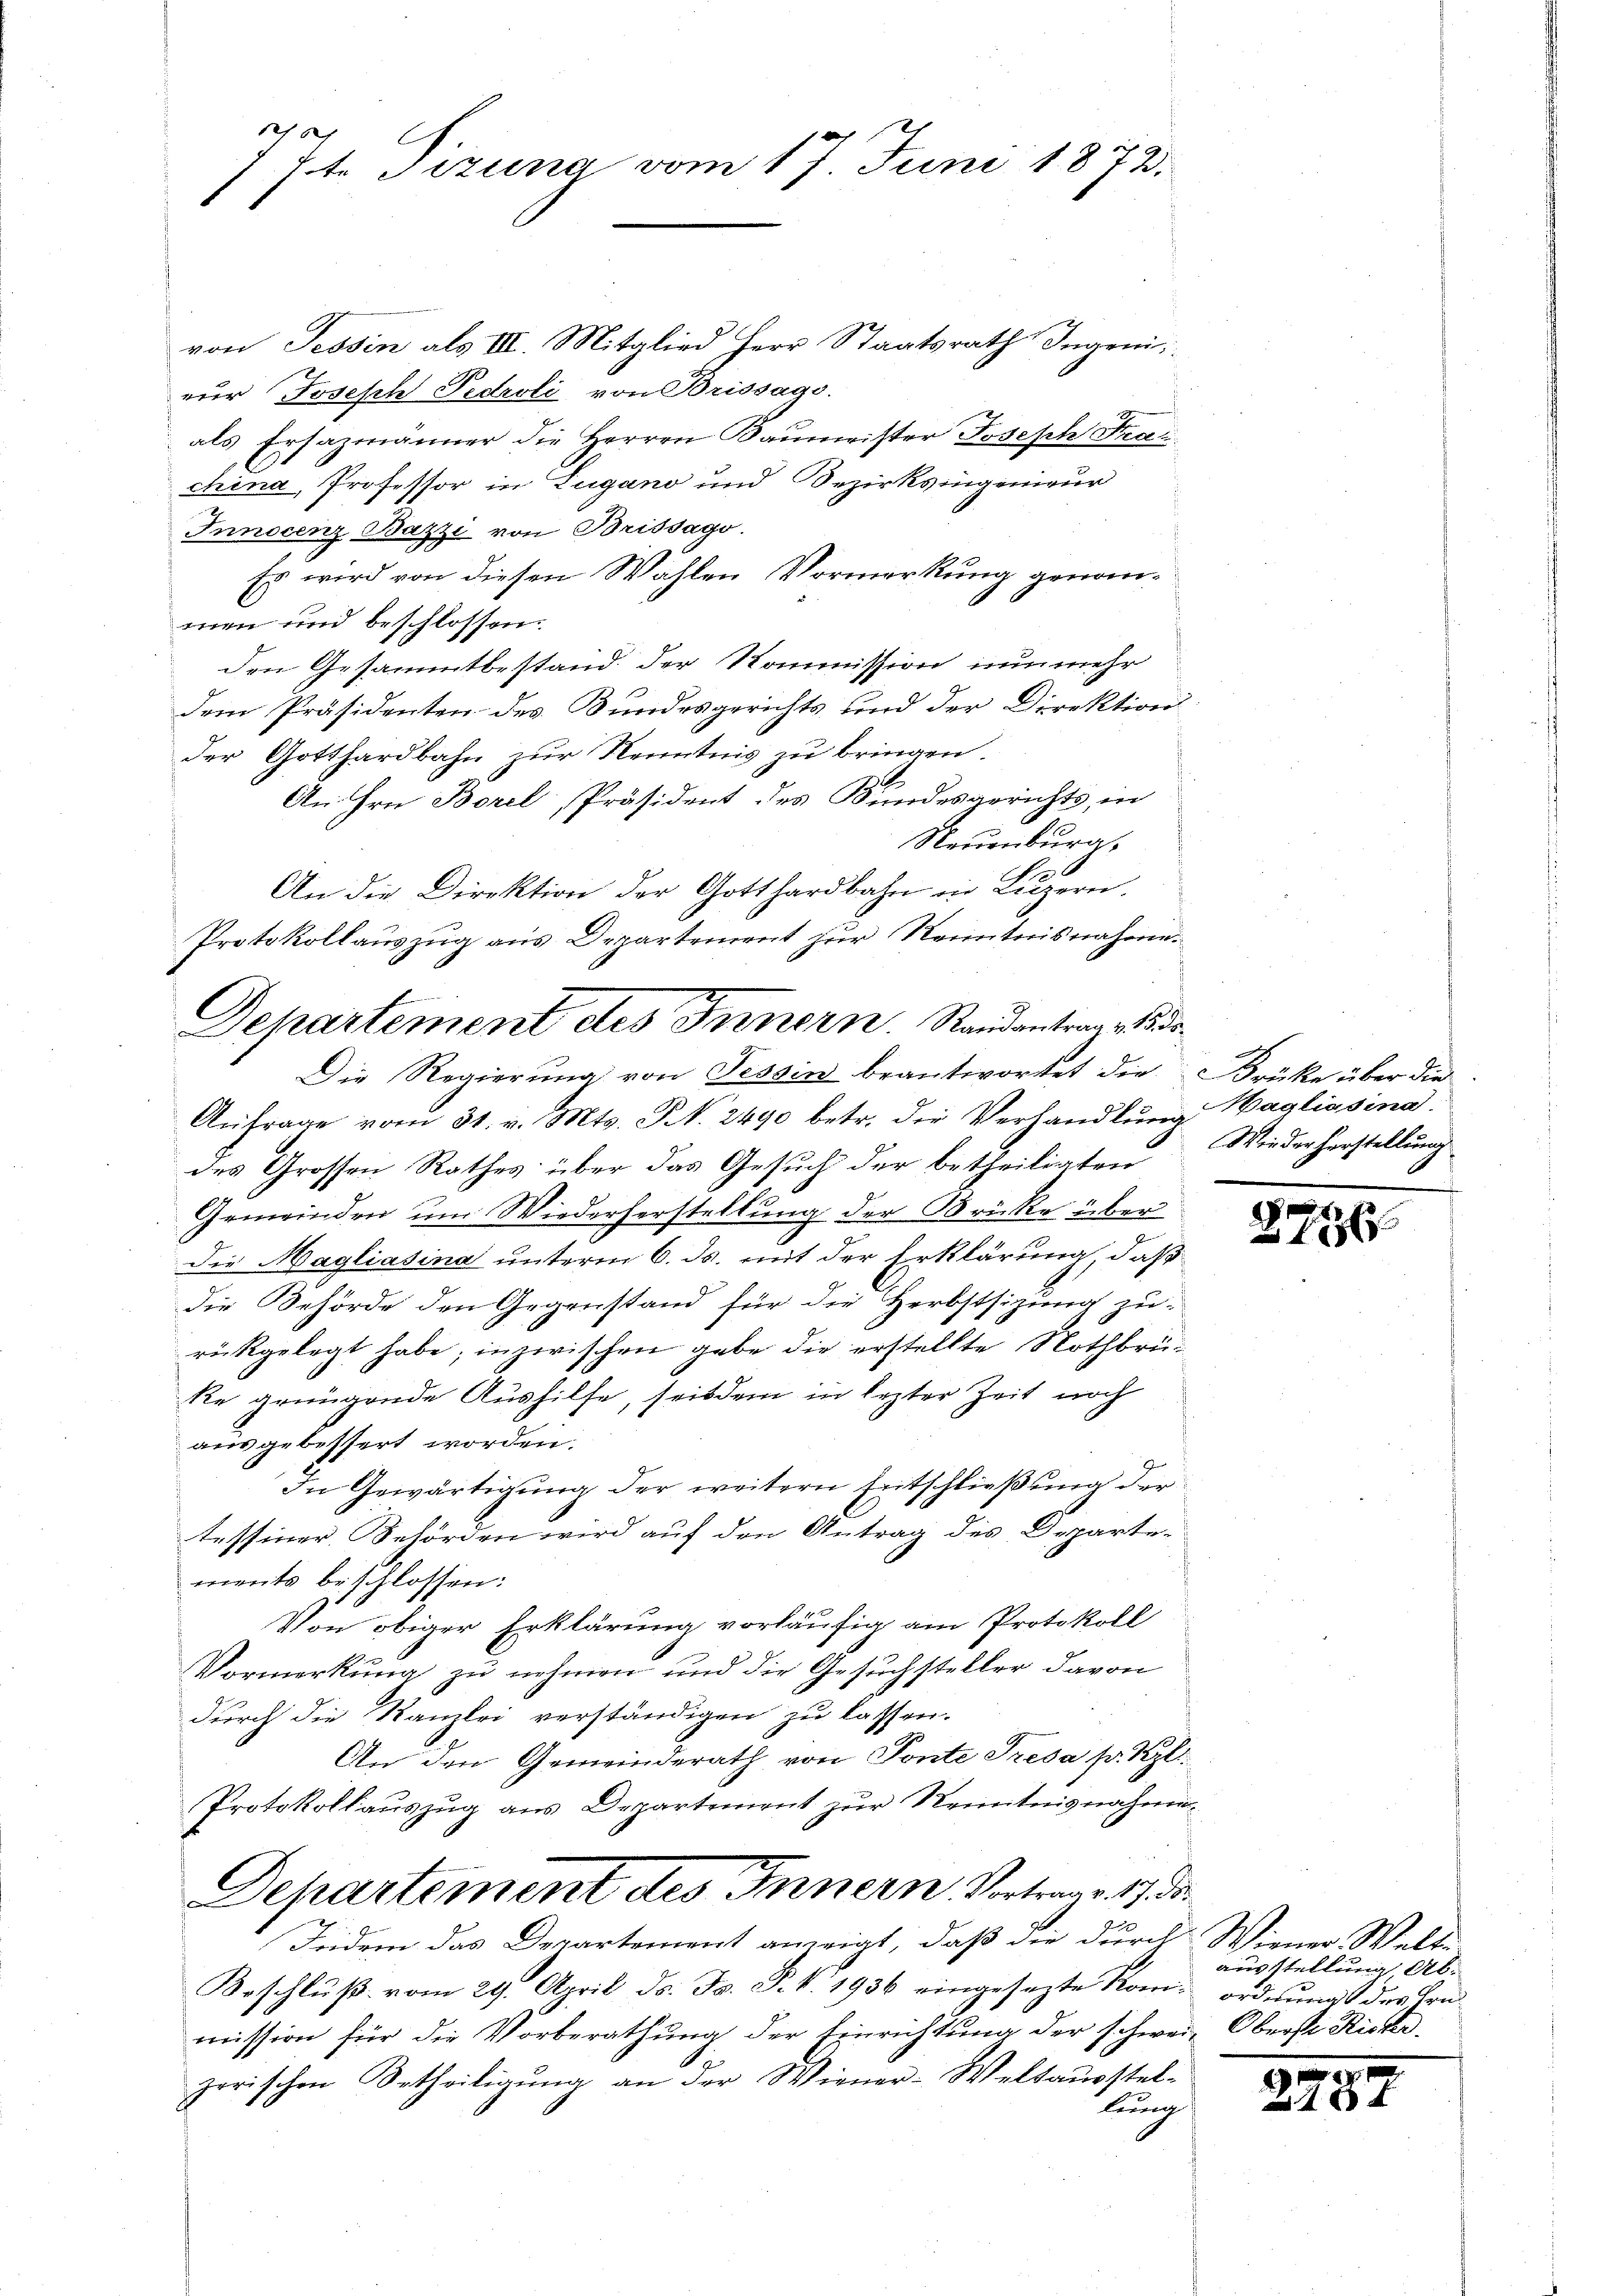
15.
1 st. Sizung vom 17. Juni 1872.

von Tessin als III. Mitglied Herr Staatsrath Ingeni
eŭr Joseph Pedeoli von Brissage.
als Ersazmänner die Herren Raumeister Joseph Fra
china, Professor in Zugano und Bezirksingenieur
Innocenz Bazze von Brissago.
Es wird von diesen Wahlen Vormerkung genommen und beschlossen.
den Gesammtbestand der Kommission nunmehr
dem Präsidenten des Bundesgerichts und der Direktion
der Gotthardbahn zur Kenntnis zu bringen.
An Hrn. Borel, Präsident des Bundesgerichts, in
Neuenburg,
An die Direktion der Gotthardbahn in Luzern.
Protokollauszug aus Departement zur Kenntnisnahme.
Anfrage vom 31. v. Mts. S. 2490 betr. die Verhandlung Wagliasina.
des Grossen Rathes über das Gesuch der betheiligten
Gemeinden um Wiederherstellung der Brücke über
Die Magliasina unterm 6. ds. mit der Erklärung, daß
die Behörde den Gegenstand für die Herbstsizung zu-
rückgelegt habe; inzwischen gabe die erstellte Nothbrü¬
Re genügende Aushilfe, seitdem in lezter Zeit noch
ausgebessert worden.
In Gewärtigung der weitern Entschließung der
tessiner Behörden wird auf den Antrag des Departe-
ments beschlossen:
Von obiger Erklärung vorläufig am Protokoll
Vormerkung zu nehmen und die Gesuchsteller davon
durch die Kanzlei verständigen zu lassen.
An den Gemeinderath von Ponte Tresa pr. Kgl.
Protokollauszug aus Departement zur Kenntnisnahme¬
Departement des Innern Vortrag. 17. d
Indem das Departement anzeigt, daß die durch Wiener Welte
Beschluß vom 29. April d. Js. P. k. 1936 eingesezte Rom. ordnung des Hrn.
mission für die Vorberathung der Einrichtung der schwer, Oberste Ricker.
zorischen Urtheiligung an der Wiener-Weltausstel-
lung

Departement des Innern. Randantrage 15 de
Die Regierŭng von Tessin beantwortet die rücke über die

Wieder Herstellung

.
1

ausstellung Ab¬

e
2781